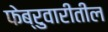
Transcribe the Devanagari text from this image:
फेब्रुवारीतील